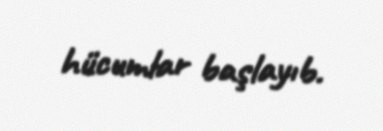
hücumlar başlayıb.